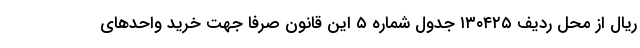
ریال از محل ردیف ۱۳۰۴۲۵ جدول شماره ۵ این قانون صرفاً جهت خرید واحدهای